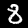
Digit: 8